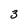
Character: 3